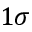
1 \sigma